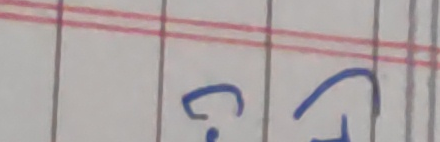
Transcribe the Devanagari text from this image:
टग